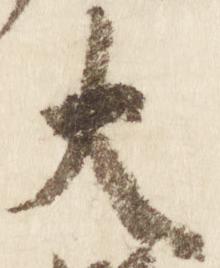
大